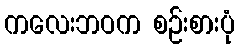
ကလေးဘဝက စဉ်းစားပုံ